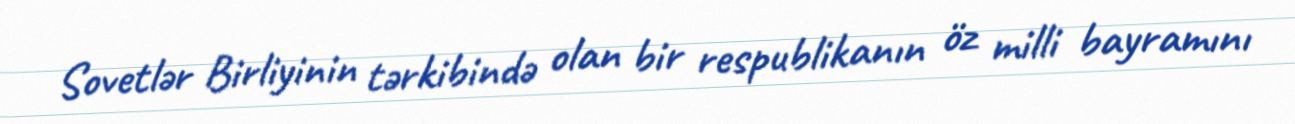
Sovetlər Birliyinin tərkibində olan bir respublikanın öz milli bayramını